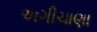
અગીચાણા